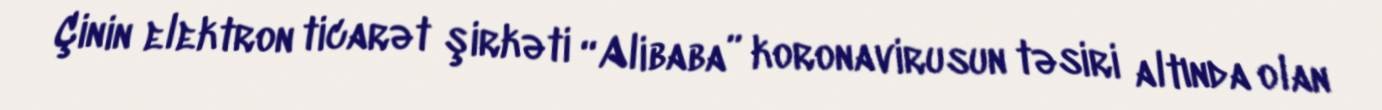
Çinin elektron ticarət şirkəti “Alibaba” koronavirusun təsiri altında olan